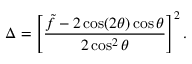
\Delta = \left[ \frac { \tilde { f } - 2 \cos ( 2 \theta ) \cos \theta } { 2 \cos ^ { 2 } \theta } \right] ^ { 2 } .